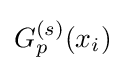
G_{p}^{(s)}(x_{i})